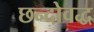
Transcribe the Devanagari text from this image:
छन्दोवद्ध